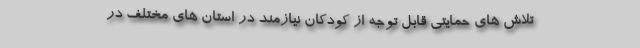
تلاش های حمایتی قابل توجه از کودکان نیازمند در استان های مختلف در